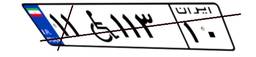
۱۱W۱۱۳۱۰